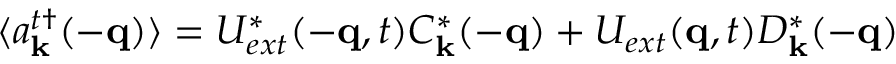
\langle a _ { { \bf { k } } } ^ { t \dagger } ( - { \bf { q } } ) \rangle = U _ { e x t } ^ { * } ( - { \bf { q } } , t ) C _ { { \bf { k } } } ^ { * } ( - { \bf { q } } ) + U _ { e x t } ( { \bf { q } } , t ) D _ { { \bf { k } } } ^ { * } ( - { \bf { q } } )